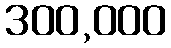
300,000